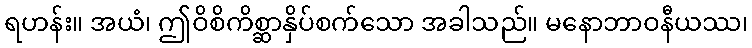
ရဟန်း။ အယံ၊ ဤဝိစိကိစ္ဆာနှိပ်စက်သော အခါသည်။ မနောဘာဝနီယဿ၊